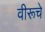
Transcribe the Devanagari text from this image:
वीरूचे